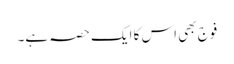
فوج بھی اس کا ایک حصہ ہے۔